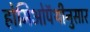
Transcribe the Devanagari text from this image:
होमिओपॅथीनुसार